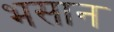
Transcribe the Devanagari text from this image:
भसान